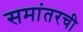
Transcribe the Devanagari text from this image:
समांतरची